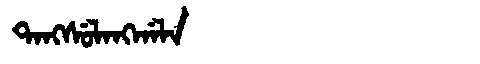
Manchu: ᡨᠠᠩᠰᡠᠯᠠᠩᡤᠠᠯᠠ
Romanization: TANGSULANGGALA